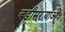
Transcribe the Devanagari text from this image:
बडी़संख्याओं